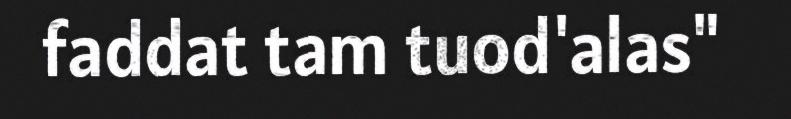
faddat tam tuod'alas"